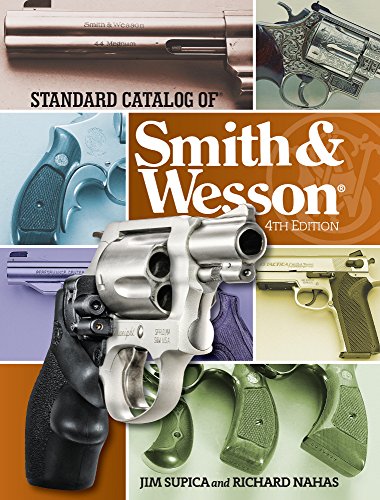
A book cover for Standard Catalog of Smith & Wesson; Jim Supica; Crafts, Hobbies & Home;